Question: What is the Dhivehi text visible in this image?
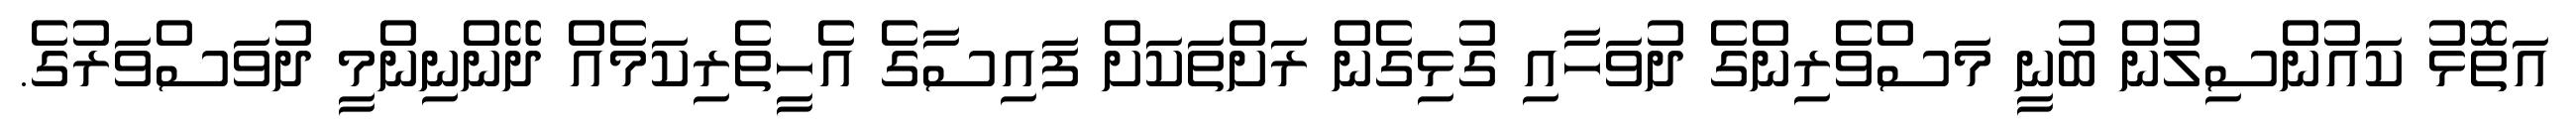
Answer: އަތޮޅު ކައުންސިލުން ބުނީ މަސްވެރިންގެ ދުވަހާއި ގުޅިގެން ރަށްތަކަށް ފައިސާގެ އެހީތެރިކަމެއް ދޭންނިންމީ ދުވަސްވަރުގެ.